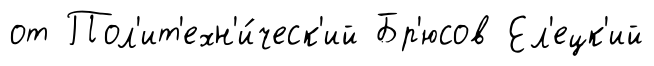
от Пол'ит'ехн'и́ческ'ий Бр'юсов Ел'ецк'ий